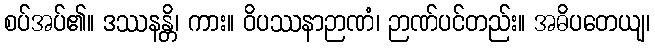
စပ်အပ်၏။ ဒဿနန္တိ၊ ကား။ ဝိပဿနာဉာဏံ၊ ဉာဏ်ပင်တည်း။ အဓိပတေယျ၊